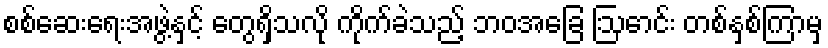
စစ်ဆေးရေးအဖွဲ့နှင့် တွေရှိသလို ကိုက်ခဲသည့် ဘဝအခြေ ဩောင်း တစ်နှစ်ကြာမှ